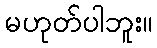
မဟုတ်ပါဘူး။